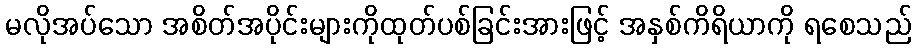
မလိုအပ်သော အစိတ်အပိုင်းများကိုထုတ်ပစ်ခြင်းအားဖြင့် အနှစ်ကိရိယာကို ရစေသည်